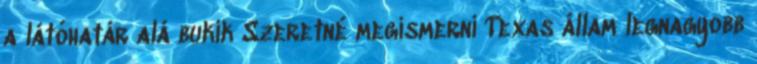
a látóhatár alá bukik Szeretné megismerni Texas állam legnagyobb